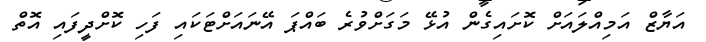
އަޔާޒް އަމިއްލައަށް ކޮށައިގެން އުޅޭ މަގަށްވުރެ ބައްޕަ އޭނައަށްޓަކައި ފަހި ކޮށްދީފައި އޮތް